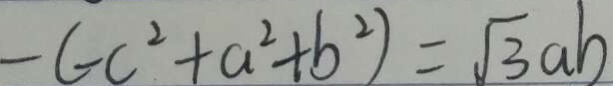
- ( - c ^ { 2 } + a ^ { 2 } + b ^ { 2 } ) = \sqrt { 3 } a b